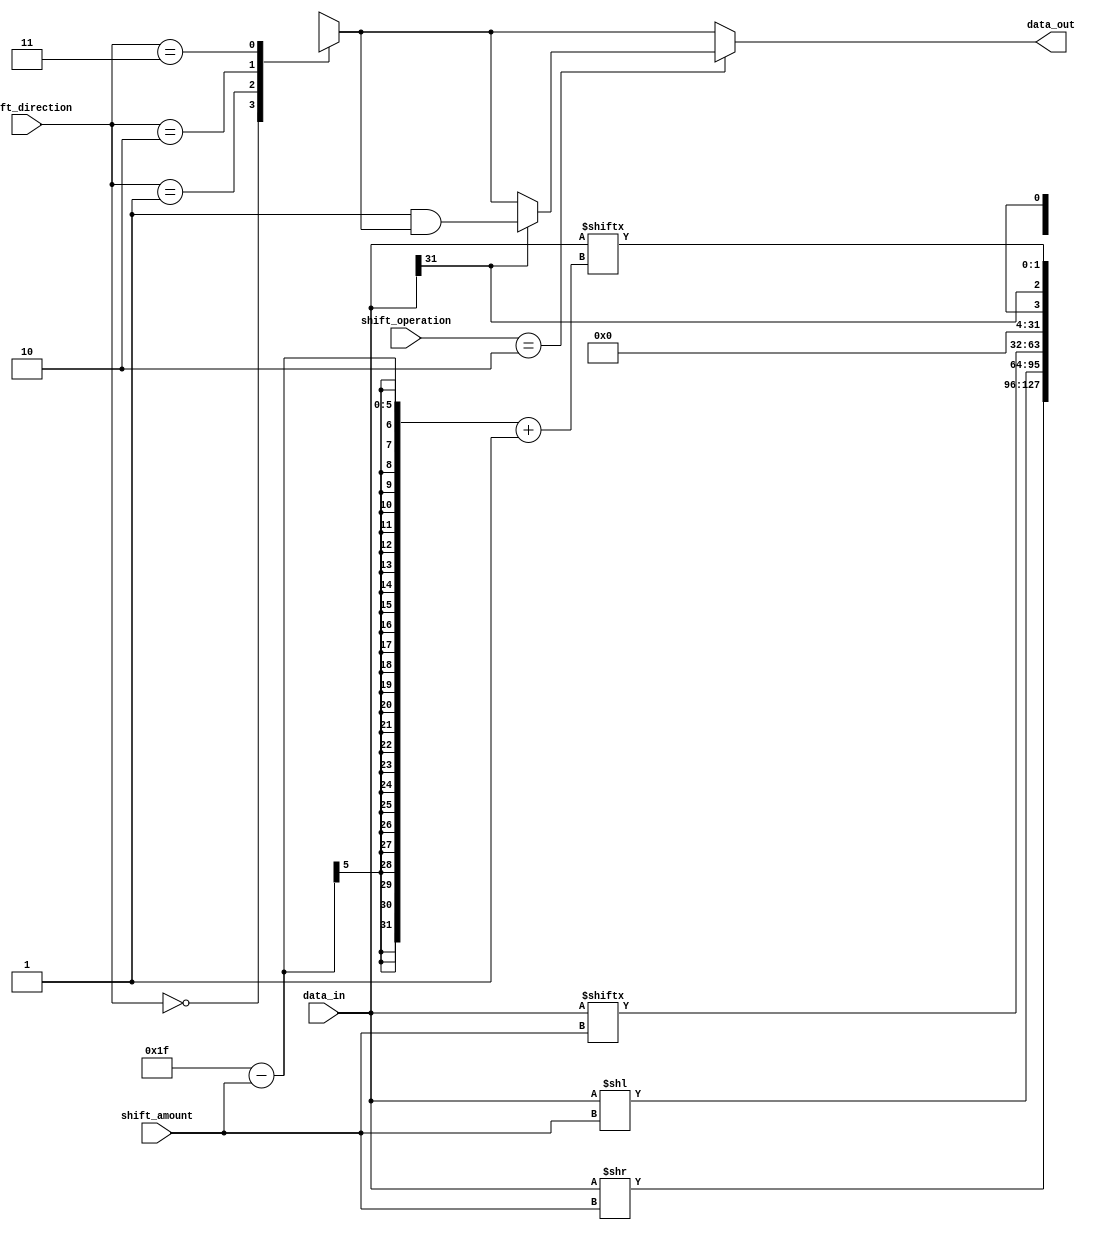
module barrel_shifter (
    input [31:0] data_in,
    input [4:0] shift_amount,
    input [1:0] shift_direction,
    input [1:0] shift_operation,
    output reg [31:0] data_out
);

reg [31:0] shifted_data;

always @(*) begin
    case (shift_direction)
        2'b00: // Right Shift
            shifted_data = data_in >> shift_amount;
        2'b01: // Left Shift
            shifted_data = data_in << shift_amount;
        2'b10: // Rotate Right
            shifted_data = {data_in[shift_amount-1:0], data_in[31:shift_amount]};
        2'b11: // Rotate Left
            shifted_data = {data_in[31-shift_amount+1:31], data_in[31:31-shift_amount+1]};
    endcase
    
    if (shift_operation == 2'b10) begin // Arithmetic Right Shift
        if (data_in[31] == 1) begin
            data_out = {32{1}} & shifted_data; // Sign extension
        end else begin
            data_out = shifted_data;
        end
    end else begin
        data_out = shifted_data;
    end
end

endmodule